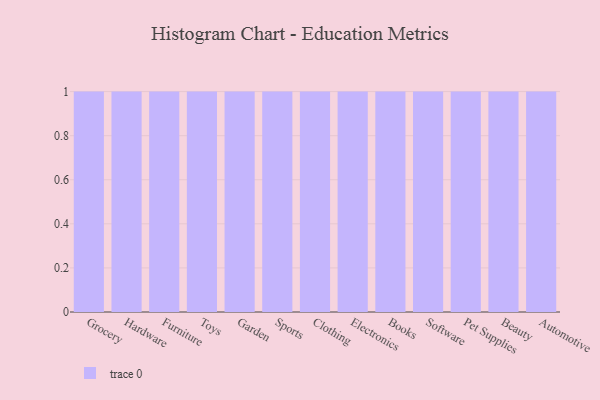
{"axis": {"x": "Category", "y": "Website Visitors"}, "legend": [""], "data": [{"x": "Grocery", "y": 59, "type": ""}, {"x": "Hardware", "y": 59, "type": ""}, {"x": "Furniture", "y": 68, "type": ""}, {"x": "Toys", "y": 14, "type": ""}, {"x": "Garden", "y": 93, "type": ""}, {"x": "Sports", "y": 43, "type": ""}, {"x": "Clothing", "y": 54, "type": ""}, {"x": "Electronics", "y": 76, "type": ""}, {"x": "Books", "y": 48, "type": ""}, {"x": "Software", "y": 35, "type": ""}, {"x": "Pet Supplies", "y": 44, "type": ""}, {"x": "Beauty", "y": 50, "type": ""}, {"x": "Automotive", "y": 41, "type": ""}]}